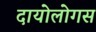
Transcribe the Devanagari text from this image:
दायोलोगस